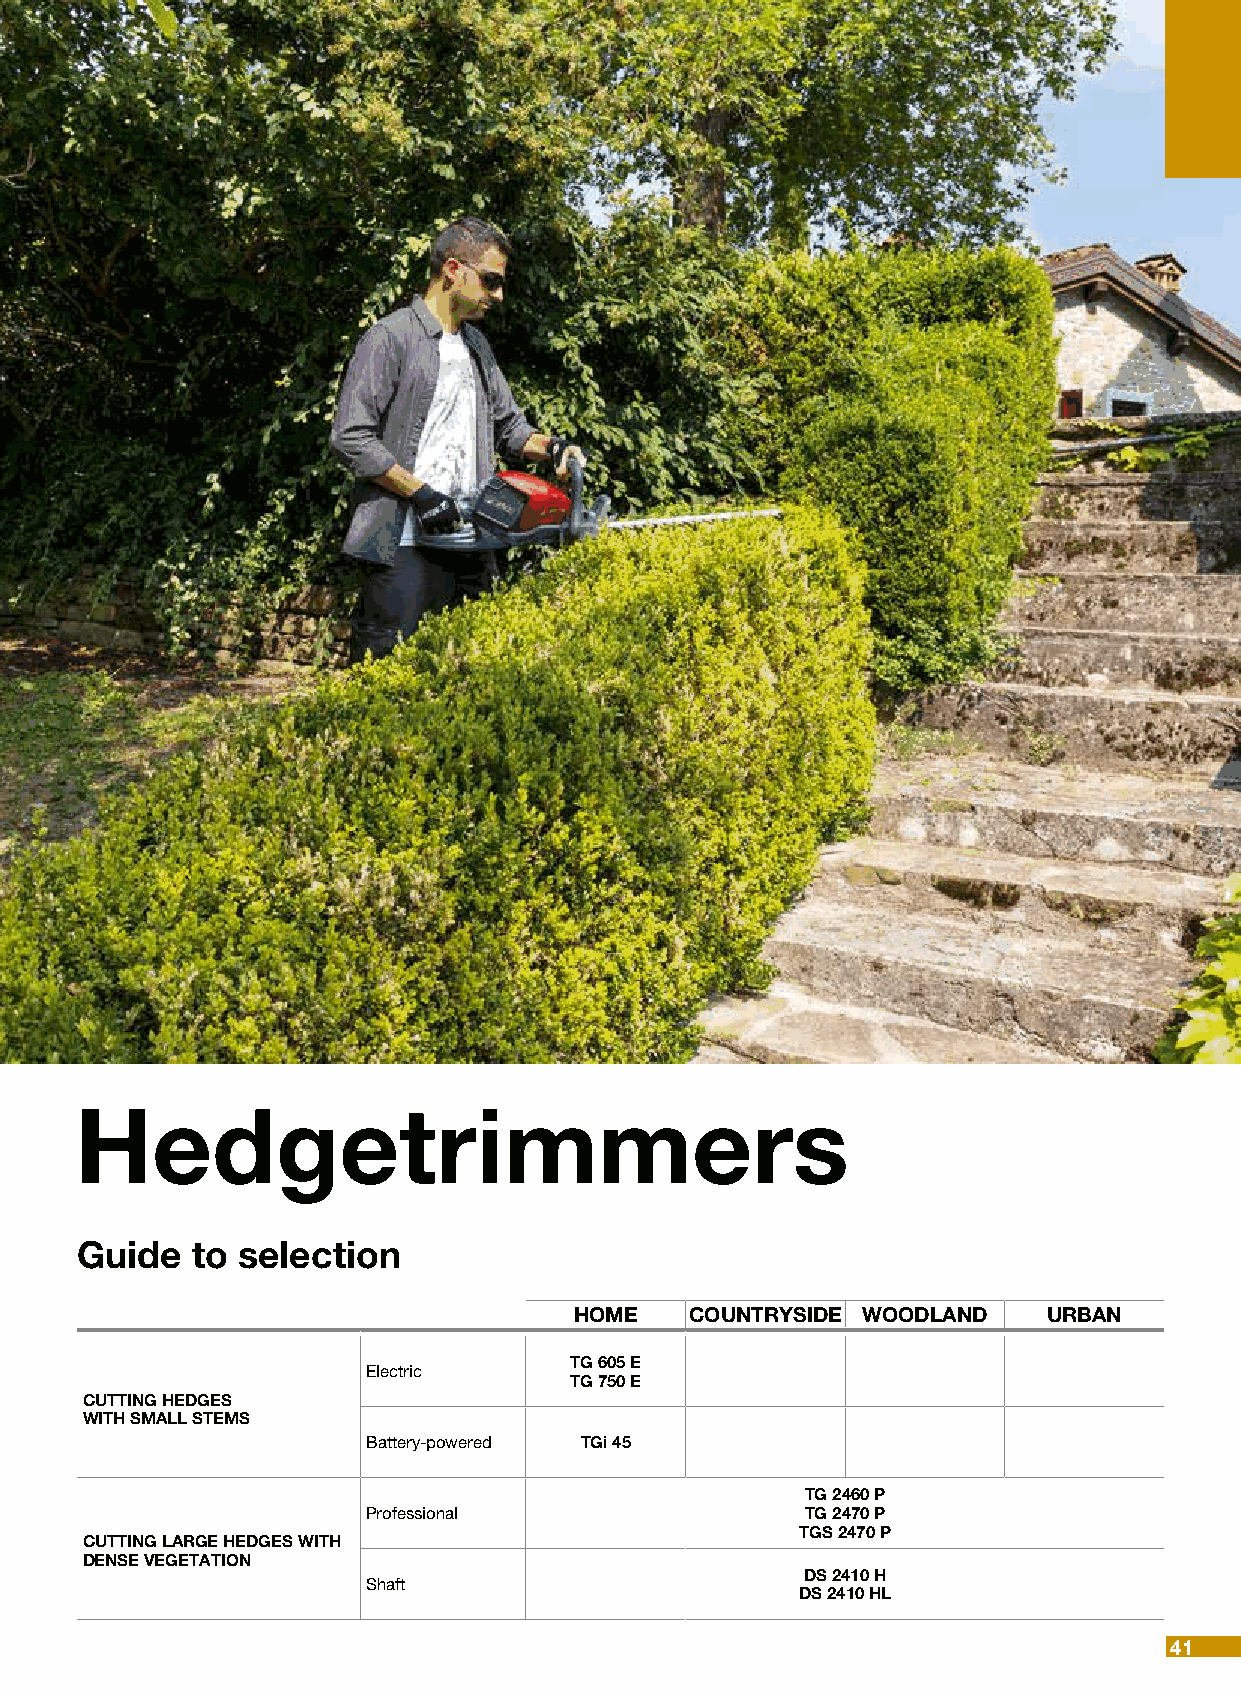
Hedgetrimmers
 Guide   to selection
 HOME    COUNTRYSIDE WOODLAND   URBAN
 TG 605 E
 Electric
 TG 750 E
 CUTTING HEDGES
 WITH SMALL STEMS
 Battery-powered TGi 45
 TG 2460 P
 Professional                 TG 2470 P
 TGS 2470 P
 CUTTING LARGE HEDGES WITH
 DENSE VEGETATION
 DS 2410 H
 Shaft
 DS 2410 HL
 41